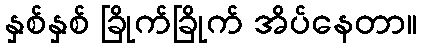
နှစ်နှစ် ခြိုက်ခြိုက် အိပ်နေတာ။